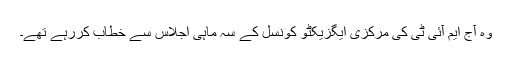
وہ آج ایم آئی ٹی کی مرکزی ایگزیکٹو کونسل کے سہ ماہی اجلاس سے خطاب کررہے تھے۔